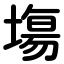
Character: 塲